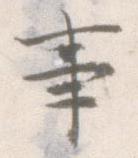
事